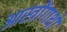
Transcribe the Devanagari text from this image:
आस्त्रोंगाथों